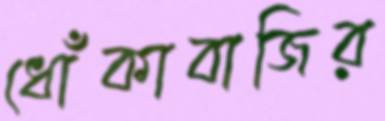
ধোঁকাবাজির